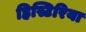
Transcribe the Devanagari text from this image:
हिस्टिरिया